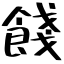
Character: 餞